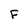
Character: F